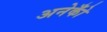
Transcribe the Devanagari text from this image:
अनेकोँ